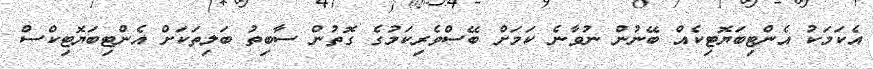
އެކަމަކު އެންޓިބަޔޮޓިކެއް ބޭނުން ނުވާނެ ކަމަށް ބޭސްވެރިކަމުގެ ގޮތުން ސާބިތު ބަލިތަކަށް އެންޓިބަޔޮޓިކްސް